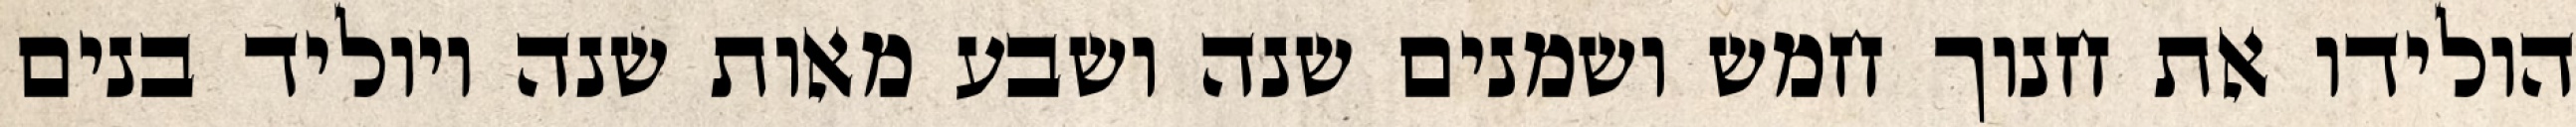
הולידו את חנוך חמש ושמנים שנה ושבע מאות שנה ויוליד בנים